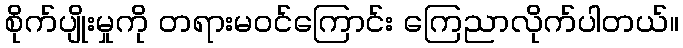
စိုက်ပျိုးမှုကို တရားမဝင်ကြောင်း ကြေညာလိုက်ပါတယ်။